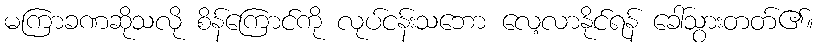
မကြာခဏဆိုသလို စိန်ကြောင်ကို လုပ်ငန်းသဘော လေ့လာနိုင်ရန် ခေါ်သွားတတ်၏။